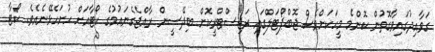
ގަވާއިދުގައިވާގޮތުން ކޮންމެ މީހަކަށްވެސް ޖޮބްޕޯޓަލްގައި ރަޖިސްޓްރީކޮށް ބިދޭސީން ރާއްޖެގެނައުމުގެ ކޯޓާއަށް ހުށަހެޅޭނެއެވެ. ކޯޓާ